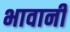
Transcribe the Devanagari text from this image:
भावानी